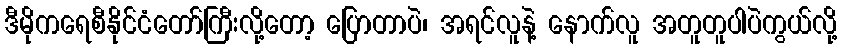
ဒီမိုကရေစီနိုင်ငံတော်ကြီးလို့တော့ ပြောတာပဲ၊ အရင်လူနဲ့ နောက်လူ အတူတူပါပဲကွယ်လို့